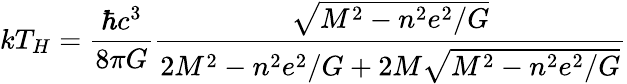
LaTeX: kT_{H}=\frac{\hbar c^{3}}{8\pi G}\frac{\sqrt{M^{2}-n^{2}e^{2}/G}}{2M^{2}-n^{2}e^{2}/G+2M\sqrt{M^{2}-n^{2}e^{2}/G}}